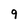
Character: 9